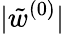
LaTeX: |\tilde{w}^{(0)}|